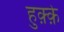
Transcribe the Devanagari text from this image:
हुक़्क़े